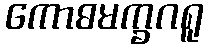
ကောဓမက္ခဂရူ